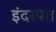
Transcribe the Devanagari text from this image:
इंदरपत